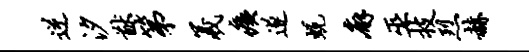
逆汐猷第羲痍遂蜕廨巫技烈赫